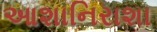
આશાનિરાશા